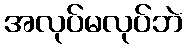
အလုပ်မလုပ်ဘဲ